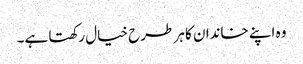
وہ اپنے خاندان کا ہر طرح خیال رکھتا ہے۔